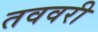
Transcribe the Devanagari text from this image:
तववरी